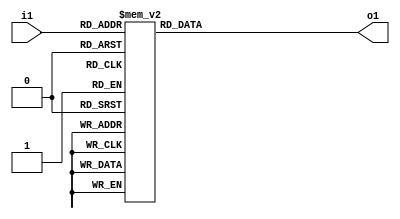
`timescale 1ns / 1ps

module decoder3to8(
    input wire [2:0] i1,
    output reg [7:0] o1
    );

    always @(*) 
    begin
        case(i1)
            3'd0: o1 <= 8'b00000001;
            3'd1: o1 <= 8'b00000010;
            3'd2: o1 <= 8'b00000100;
            3'd3: o1 <= 8'b00001000;
            3'd4: o1 <= 8'b00010000;
            3'd5: o1 <= 8'b00100000;
            3'd6: o1 <= 8'b01000000;
            3'd7: o1 <= 8'b10000000;
        endcase
    end
    
endmodule